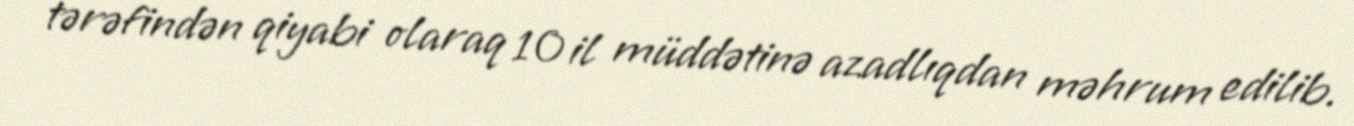
tərəfindən qiyabi olaraq 10 il müddətinə azadlıqdan məhrum edilib.